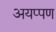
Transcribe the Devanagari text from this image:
अयप्पण